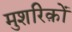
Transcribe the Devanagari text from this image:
मुशरिक़ों